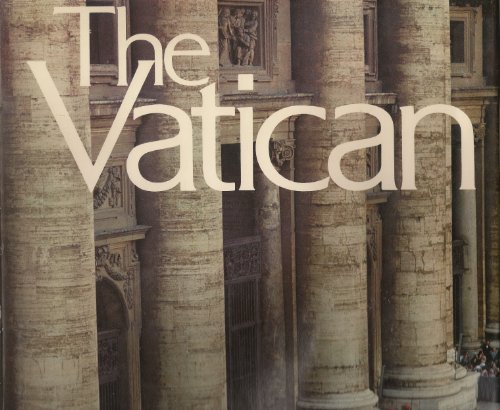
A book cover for The Vatican; F. Mayer; Travel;